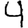
Digit: 4